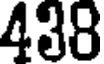
438